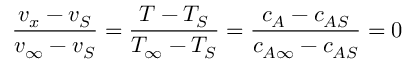
{ \frac { v _ { x } - v _ { S } } { v _ { \infty } - v _ { S } } } = { \frac { T - T _ { S } } { T _ { \infty } - T _ { S } } } = { \frac { c _ { A } - c _ { A S } } { c _ { A \infty } - c _ { A S } } } = 0